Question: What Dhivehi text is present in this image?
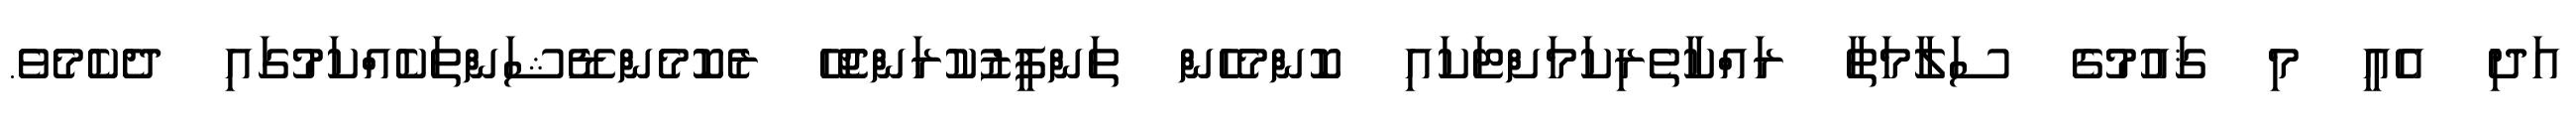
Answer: އަދި އެއީ މި ޤައުމުގެ ސަލާމަތާ ރައްކާތެރިކަމަށްޓަކައި ކޮންމެހެން ތަންފީޒުކުރަންޖެހޭ ރެކޮމެންޑޭޝަންތަކެއްކަމުގައި ދެކެމެވެ.